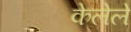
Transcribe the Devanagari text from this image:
केलेेले